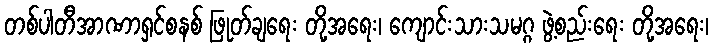
တစ်ပါတီအာဏာရှင်စနစ် ဖြုတ်ချရေး တို့အရေး၊ ကျောင်းသားသမဂ္ဂ ဖွဲ့စည်းရေး တို့အရေး၊